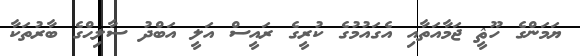
ޔަމަންގެ ހޫޘީ ޖަމާއަތާއި އެގައުމުގެ ކުރީގެ ރައީސް އަލީ އަބްދު ސާލިޙްގެ ބާރުތަކާ